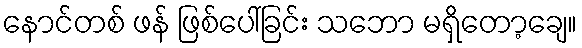
နောင်တစ် ဖန် ဖြစ်ပေါ်ခြင်း သဘော မရှိတော့ချေ။